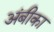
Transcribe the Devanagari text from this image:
अंबीका